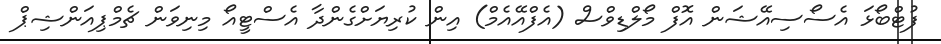
ފުޓްބޯޅަ އެސޯސިއޭޝަން އޮފް މޯލްޑިވްސް (އެފްއޭއެމް) އިން ކުރިޔަށްގެންދާ އެސްޓީއޯ މިނިވަން ޗެމްޕިއަންޝިޕް